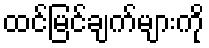
ထင်မြင်ချက်များကို